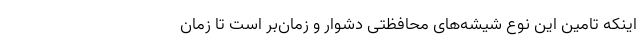
اینکه تامین این نوع شیشه‌های محافظتی دشوار و زمان‌بر است تا زمان